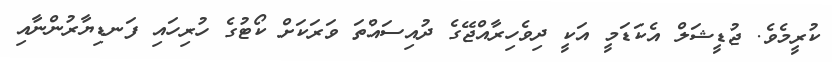
ކުރީމެވެ. ޖުޑީޝަލް އެކަޑަމީ އަކީ ދިވެހިރާއްޖޭގެ ދުއިސައްތަ ވަރަކަށް ކޯޓުގެ ހުރިހައި ފަނޑިޔާރުންނާއި